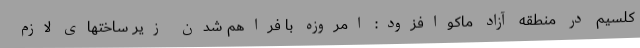
کلسیم در منطقه آزاد ماکوافزود: امروزه با فراهم شدن زیر ساختهای لازم